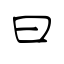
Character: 曰